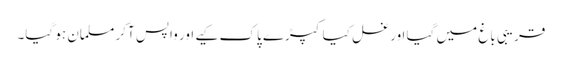
قریبی باغ میں گیا اور غسل کیا کپڑے پاک کیے اور واپس آکر مسلمان ہو گیا۔